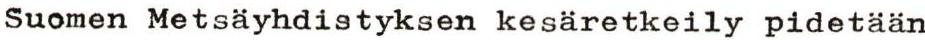
Suomen Metsäyhdistyksen kesäretkeily pidetään